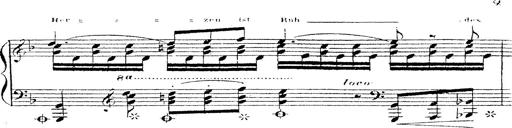
Title: 12 Lieder von Franz Schubert
Composer: Franz Liszt